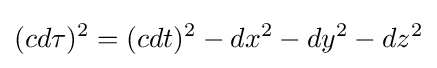
(cd\tau )^{2}=(cdt)^{2}-dx^{2}-dy^{2}-dz^{2}